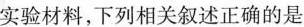
实验材料，下列相关叙述正确的是